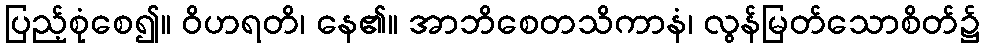
ပြည့်စုံစေ၍။ ဝိဟရတိ၊ နေ၏။ အာဘိစေတသိကာနံ၊ လွန်မြတ်သောစိတ်၌